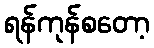
ရန်ကုန်စတော့